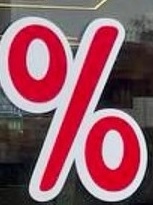
%